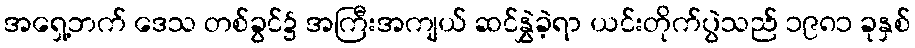
အရှေ့ဘက် ဒေသ တစ်ခွင်၌ အကြီးအကျယ် ဆင်နွှဲခဲ့ရာ ယင်းတိုက်ပွဲသည် ၁၉၈၁ ခုနှစ်